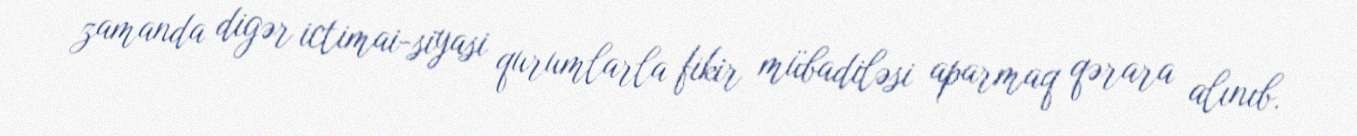
zamanda digər ictimai-siyasi qurumlarla fikir mübadiləsi aparmaq qərara alınıb.